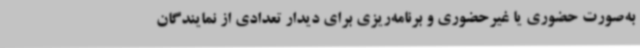
به‌صورت حضوری یا غیرحضوری و برنامه‌ریزی برای دیدار تعدادی از نمایندگان